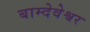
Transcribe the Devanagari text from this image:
बाम्देवेश्वर